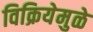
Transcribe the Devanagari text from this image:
विक्रियेमुळे